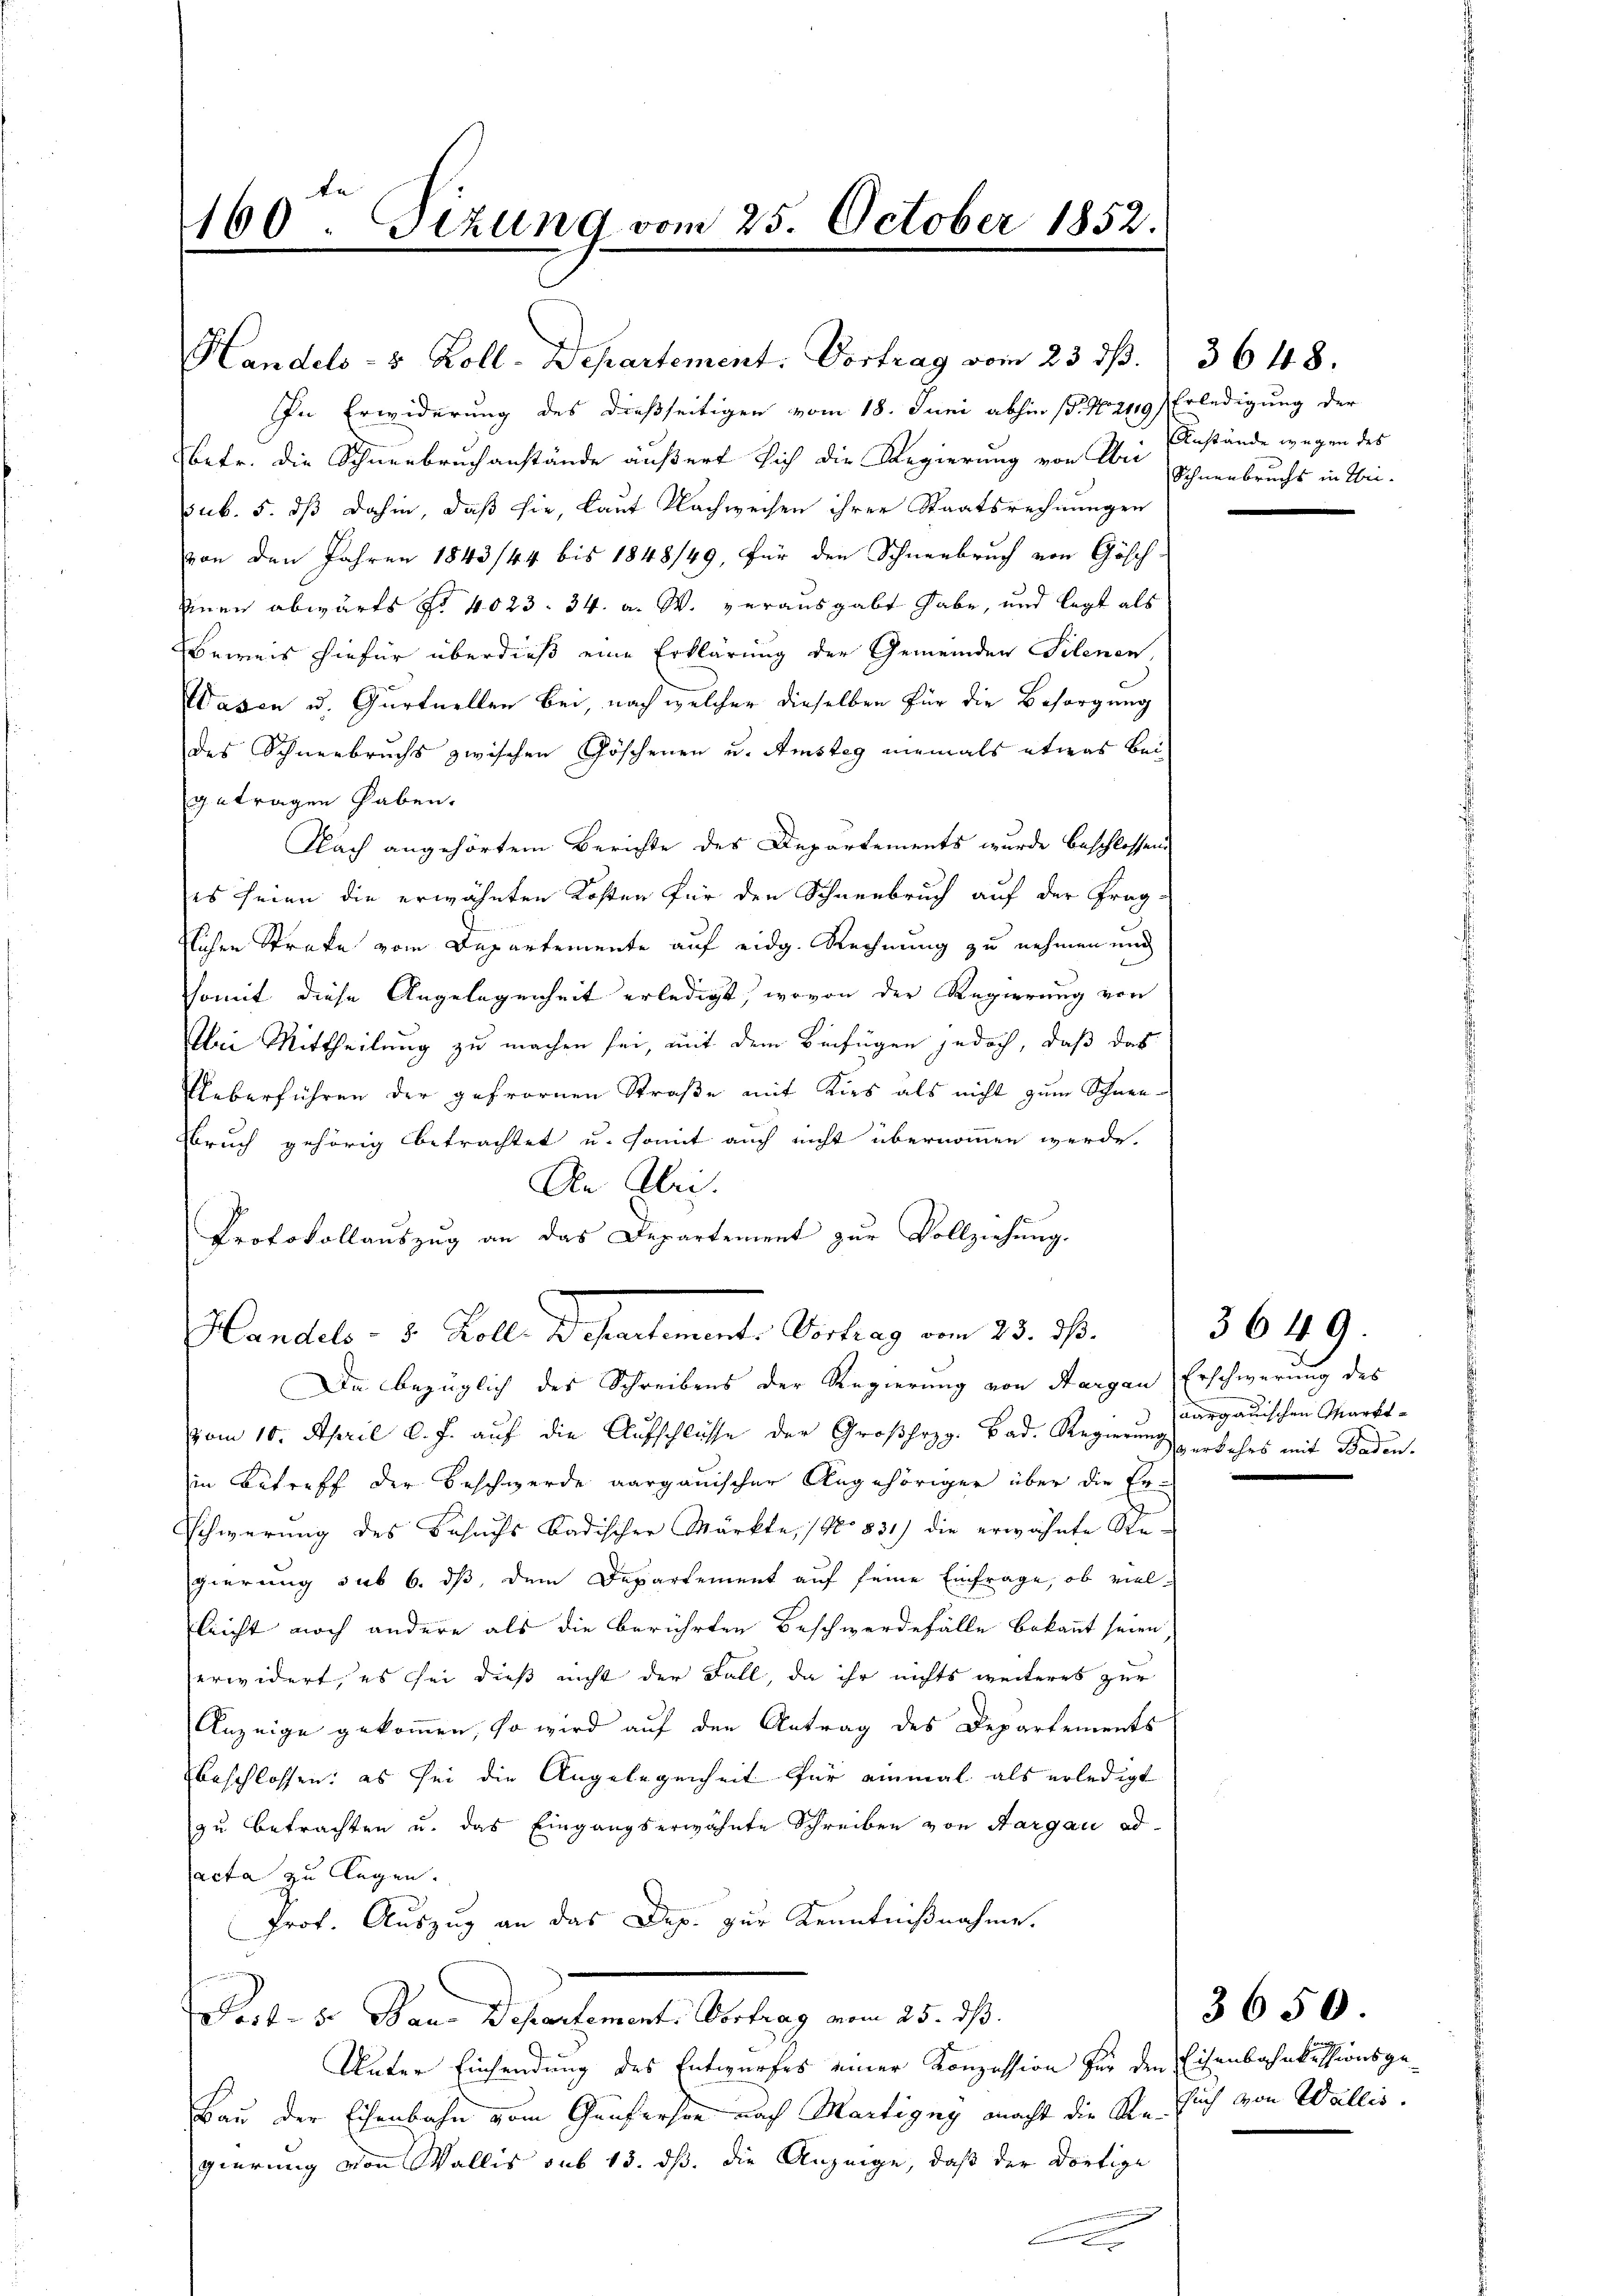
160 Tizung vom 25. October 1852.

In Erwiderung des dießseitigen vom 18. Juni abhin (p. N. 249) Erledigung der
Vetr. die Schneebruchanstände äußert sich die Regierung von Bei Einstände wegen des
sub. 5. dß dahin, daß sie, laut Nachweisen ihrer Staatsrechnungen
von den Jahren 1843/44 bis 1848/49, für den Schneebruch von Gösch
Einen abwärts No 4023. 34. a. W. verausgabt habe, und legt als
Beweis hiefür überdieß eine Erklärung der Gemeinden Silenen,
Wasen u. Gurtuellen bei, nach welcher dieselben für die Besorgung
des Schneebruchs zwischen Göschenen u. Amstag niemals etwas bei
getragen haben.
Nach angehörtem Berichte des Departements wurde beschlossend
es seien die erwähnten Kosten für den Schneebruch auf der Frag-
flichen Strafe vom Departemente auf eidg. Rechnung zu nehmen und
somit diese Angelegenheit erledigt, wovon der Regierung von
Abei Mittheilung zu machen sei, mit dem Beifügen jedoch, daß das
Ueberführen der gefrornen Straße mit Kirs als nicht zum Schnee¬
Bruch gehörig betrachtet u. somit auch nicht übernommen werde.
An Klei
Protokollaŭszŭg an das Departement zŭr Vollziehung.
Handels- u. Kolle Wesentement. Vertrag vom 23. ds.
Da bezüglich des Schreibens der Regierung von Sargau, Erschwerung des
vom 10. April d. J. auf die Aufschlüsse der Großhezg. Bad. Regierung erkehrs mit Baden-
in Betreff der Beschwerde aargauischer Angehöriger über die Er-
Schwerung des Besuchs badischer Märkte, (No 831) die erwähnte Stegierung sub 6. ds, dem Departement auf seine Einfrage, ob viellicht noch andere als die berührten Beschwerdefälle Bekannt seien
erwidert, es sei dieß nicht der Fall, da ihr nichts weiteres zur
Anzeige gekommen, so wird auf den Antrag des Departements
beschlossen: es sei die Angelegenheit für einmal als erledigt
zu betrachten u. das Eingangserwähnte Schreiben von Aargau od
acta zu legen.
Prof. Auszug an das Dep. zur Kenntnißnahme.
Fort- u. Bau-Departement. Vortrag vom 25. dß.
Unter Einsendung des Entwurfes einer Konzession für den Eisenbahnkessionsge¬
Bau der Eisenbahn vom Genferson nach Martigny macht die Regierung von Wallis sub 15. dß. die Anzeige, daß der dortige
A

Handels- & Zoll-Departement. Vortrag vom 23. ds.

3648.
Schneebrucht in Thei¬

aargauischen Markt-

3649.

3650.
such von Wallis.